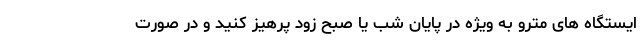
ایستگاه های مترو به ویژه در پایان شب یا صبح زود پرهیز کنید و در صورت